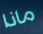
ماذا